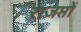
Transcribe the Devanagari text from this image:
राजप्तों